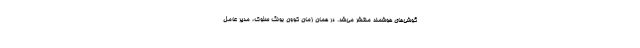
گوشی‌های هوشمند منتشر می‌شد. در همان زمان کوون بونگ سئوک، مدیر عامل